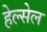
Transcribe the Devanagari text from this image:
हेल्सेल